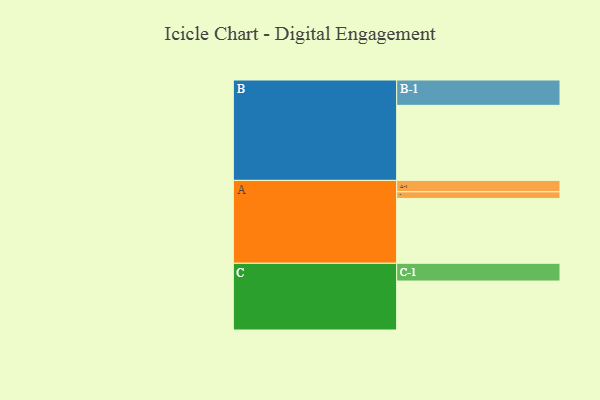
{"axis": {"x": "Segment", "y": "Value"}, "legend": ["", "A", "B", "C"], "data": [{"x": "A", "y": 489, "type": ""}, {"x": "B", "y": 566, "type": ""}, {"x": "C", "y": 369, "type": ""}, {"x": "A-1", "y": 86, "type": "A"}, {"x": "A-2", "y": 50, "type": "A"}, {"x": "B-1", "y": 191, "type": "B"}, {"x": "C-1", "y": 134, "type": "C"}]}